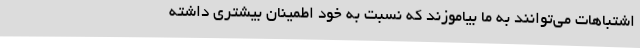
اشتباهات می‌توانند به ما بیاموزند که نسبت به خود اطمینان بیشتری داشته